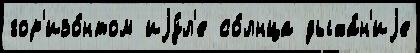
гор'изо́нтом иjу́л'е со́лнца дыха́н'иjе